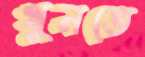
খুনতে